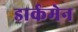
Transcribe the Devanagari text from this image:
डार्कमेन